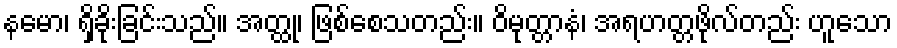
နမော၊ ရှိခိုးခြင်းသည်။ အတ္ထု၊ ဖြစ်စေသတည်း။ ဝိမုတ္တာနံ၊ အရဟတ္တဖိုလ်တည်း ဟူသော